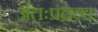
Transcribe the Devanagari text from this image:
अंतःप्रद्रव्य